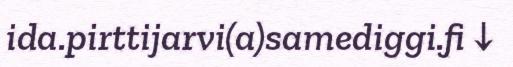
ida.pirttijarvi(a)samediggi.fi ↓